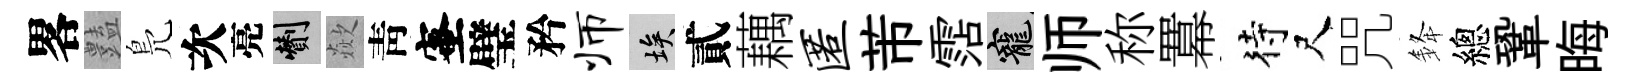
畧𧰟鳬次亮剪歘靑蜜璧矜师埃貳藕匿芾霑寵师称羃待尺咒𨦟總鞏晦